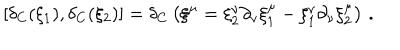
\left[ \delta _ { C } ( \xi _ { 1 } ) , \delta _ { C } ( \xi _ { 2 } ) \right] = \delta _ { C } \left( \xi ^ { \mu } = \xi _ { 2 } ^ { \nu } \partial _ { \nu } \xi _ { 1 } ^ { \mu } - \xi _ { 1 } ^ { \nu } \partial _ { \nu } \xi _ { 2 } ^ { \mu } \right) \, .